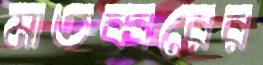
মাতব্বরের